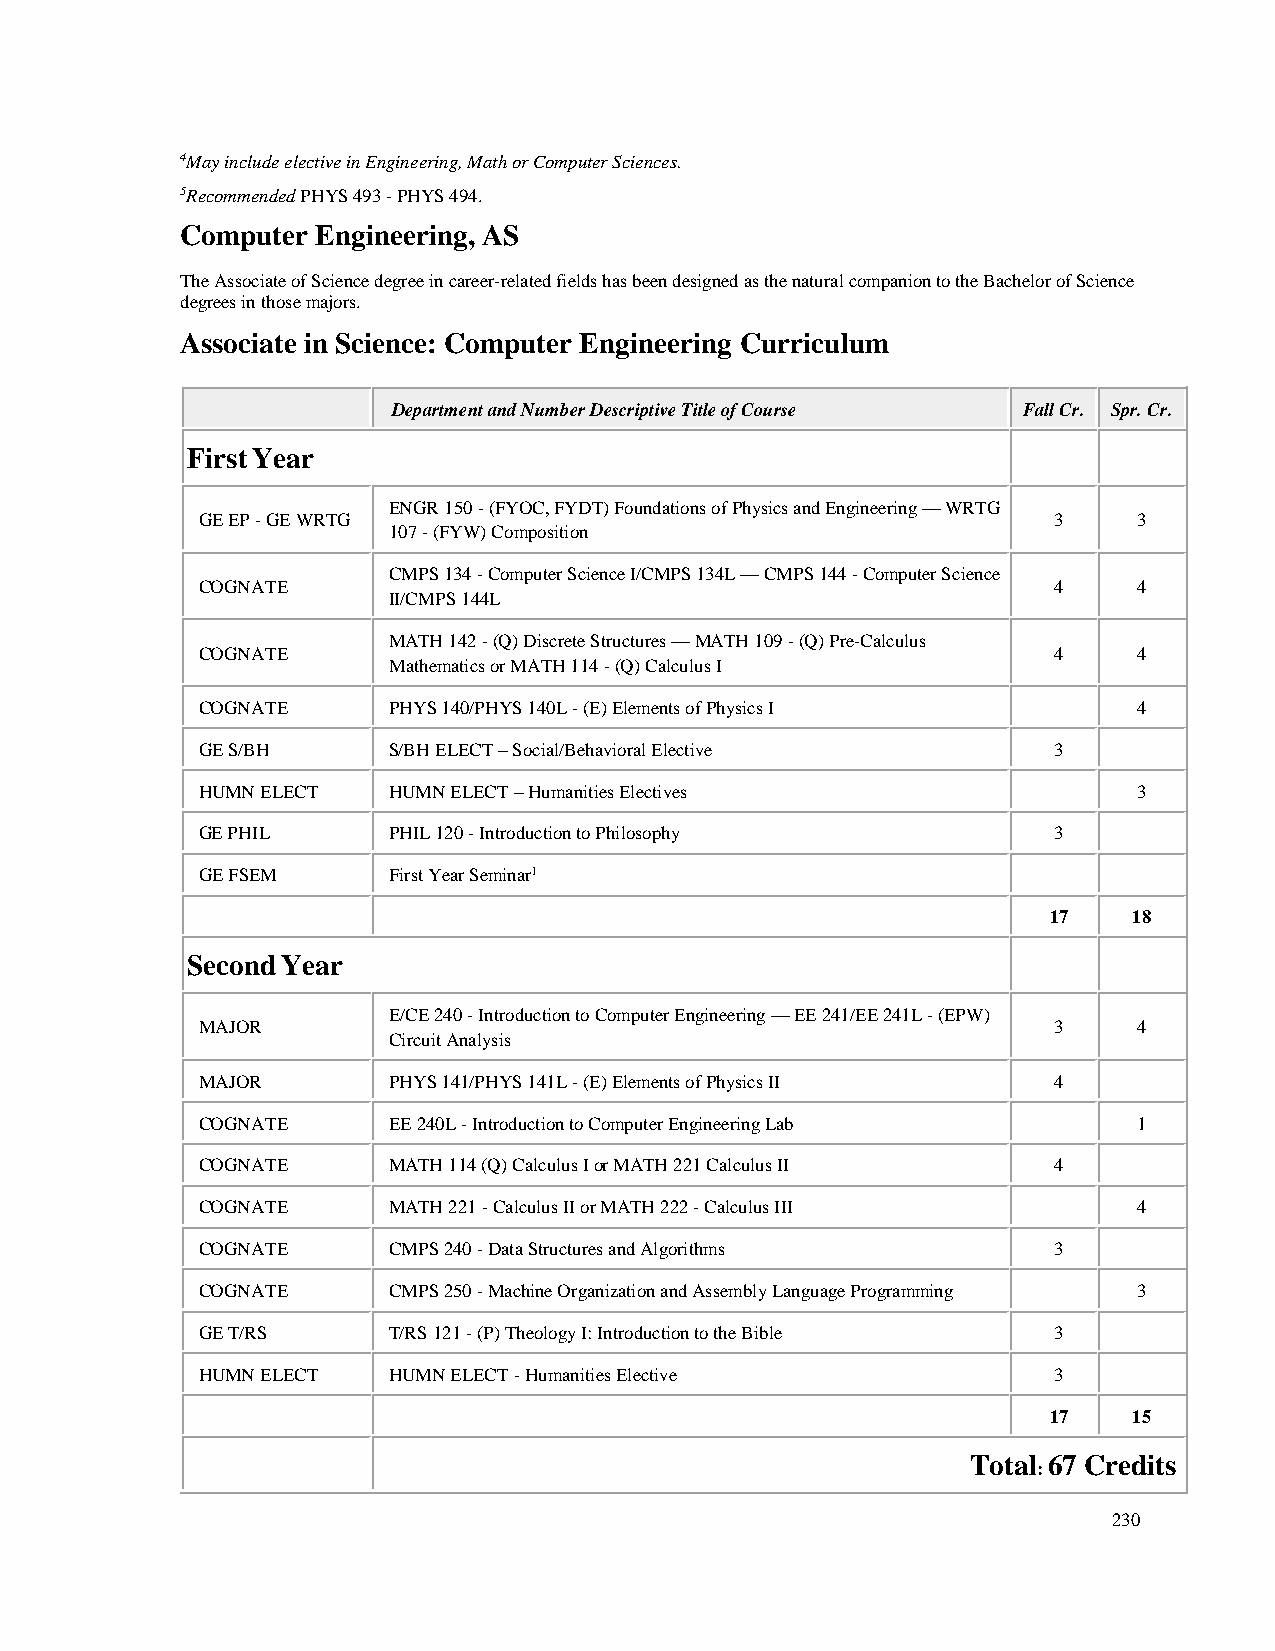
4May include elective in Engineering, Math or Computer Sciences.
 5Recommended PHYS 493 - PHYS 494.
 Computer Engineering, AS
 The Associate of Science degree in career-related fields has been designed as the natural companion to the Bachelor of Science
 degrees in those majors.
 Associate in Science: Computer Engineering Curriculum
 Department and Number Descriptive Title of Course Fall Cr. Spr. Cr.
 First Year
 ENGR 150 - (FYOC, FYDT) Foundations of Physics and Engineering — WRTG
 GE EP - GE WRTG                                          3    3
 107 - (FYW) Composition
 CMPS 134 - Computer Science I/CMPS 134L — CMPS 144 - Computer Science
 COGNATE                                                  4    4
 II/CMPS 144L
 MATH 142 - (Q) Discrete Structures — MATH 109 - (Q) Pre-Calculus
 COGNATE                                                  4    4
 Mathematics or MATH 114 - (Q) Calculus I
 COGNATE      PHYS 140/PHYS 140L - (E) Elements of Physics I   4
 GE S/BH      S/BH ELECT – Social/Behavioral Elective     3
 HUMN ELECT   HUMN ELECT – Humanities Electives                3
 GE PHIL      PHIL 120 - Introduction to Philosophy       3
 GE FSEM      First Year Seminar1
 17   18
 Second Year
 E/CE 240 - Introduction to Computer Engineering — EE 241/EE 241L - (EPW)
 MAJOR                                                    3    4
 Circuit Analysis
 MAJOR        PHYS 141/PHYS 141L - (E) Elements of Physics II 4
 COGNATE      EE 240L - Introduction to Computer Engineering Lab 1
 COGNATE      MATH 114 (Q) Calculus I or MATH 221 Calculus II 4
 COGNATE      MATH 221 - Calculus II or MATH 222 - Calculus III 4
 COGNATE      CMPS 240 - Data Structures and Algorithms   3
 COGNATE      CMPS 250 - Machine Organization and Assembly Language Programming 3
 GE T/RS      T/RS 121 - (P) Theology I: Introduction to the Bible 3
 HUMN ELECT   HUMN ELECT - Humanities Elective            3
 17   15
 Total
 :
 67 Credits
 230